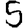
Digit: 5